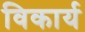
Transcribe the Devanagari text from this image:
विकार्य